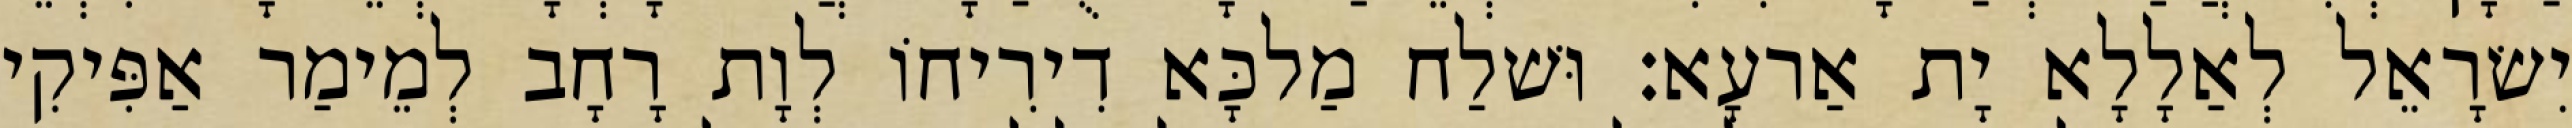
יִשׂרָאֵל לְאַלָלָא יָת אַרעָא׃ וּשׁלַח מַלכָּא דִירִיחוֹ לְוָת רָחָב לְמֵימַר אַפִּיקִי